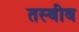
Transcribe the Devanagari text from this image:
तस्बीब